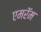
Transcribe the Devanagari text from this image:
एमरॅम